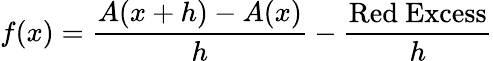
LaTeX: f(x)={\frac{A(x+h)-A(x)}{h}}-{\frac{\mathrm{Red~Excess}}{h}}